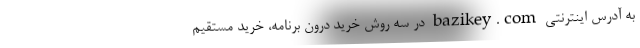
به آدرس اینترنتی bazikey.com در سه روش خرید درون برنامه، خرید مستقیم